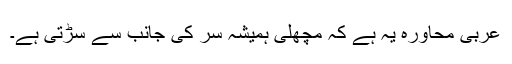
عربی محاورہ یہ ہے کہ مچھلی ہمیشہ سر کی جانب سے سڑتی ہے۔